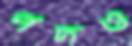
পদও